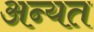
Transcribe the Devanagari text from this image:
अन्यत